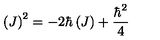
\left( J \right) ^ { 2 } = \mathbf { - } 2 \hbar \left( J \right) + \frac { \hbar ^ { 2 } } { 4 }